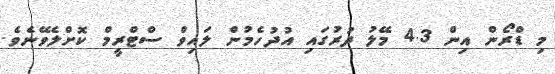
މި ޑްރޯން އިން 4.3 މޭލު ދުރުގައި އުދުހެމުން ލައިވް ސްޓްރީމް ކޮށްލެވޭނެވެ.